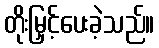
တိုးမြှင့်ပေးခဲ့သည်။